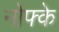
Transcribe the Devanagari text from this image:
नोफ्के